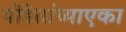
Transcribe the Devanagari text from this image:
पंडितांच्याएका